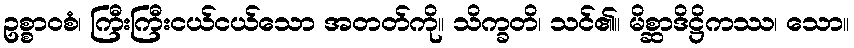
ဥစ္စာဝစံ၊ ကြီးကြီးငယ်ငယ်သော အတတ်ကို။ သိက္ခတိ၊ သင်၏။ မိစ္ဆာဒိဋ္ဌိကဿ၊ သော။